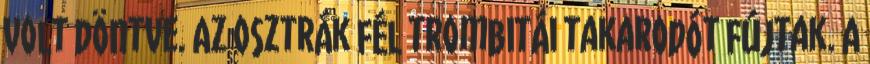
volt döntve. Az osztrák fél trombitái takarodót fújtak. A